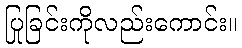
ပြုခြင်းကိုလည်းကောင်း။